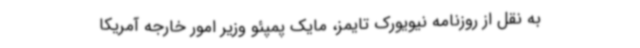
به نقل از روزنامه نیویورک تایمز، مایک پمپئو وزیر امور خارجه آمریکا